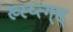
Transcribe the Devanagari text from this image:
ख्स्य्त्ग्स्